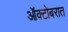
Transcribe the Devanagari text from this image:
ऑक्टोबरात